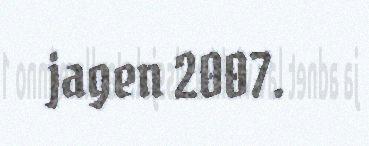
jagen 2007.